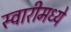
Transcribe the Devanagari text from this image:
स्वारीमध्ये